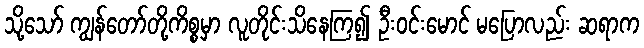
သို့သော် ကျွန်တော်တို့ကိစ္စမှာ လူတိုင်းသိနေကြ၍ ဦးဝင်းမောင် မပြောလည်း ဆရာက